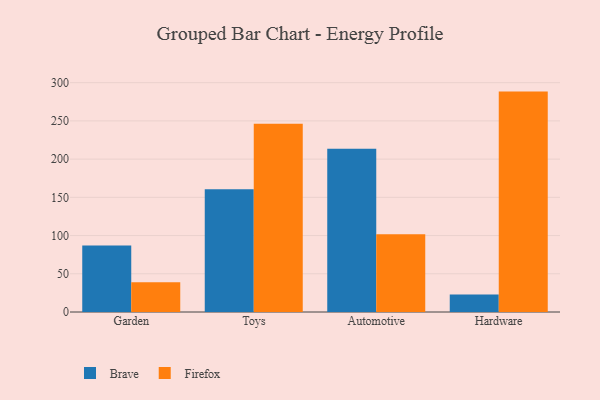
{"axis": {"x": "Category", "y": "Waste Production (Tons)"}, "legend": ["Brave", "Firefox"], "data": [{"x": "Garden", "y": 87.1, "type": "Brave"}, {"x": "Garden", "y": 38.8, "type": "Firefox"}, {"x": "Toys", "y": 160.5, "type": "Brave"}, {"x": "Toys", "y": 246.4, "type": "Firefox"}, {"x": "Automotive", "y": 213.5, "type": "Brave"}, {"x": "Automotive", "y": 101.6, "type": "Firefox"}, {"x": "Hardware", "y": 22.8, "type": "Brave"}, {"x": "Hardware", "y": 288.3, "type": "Firefox"}]}